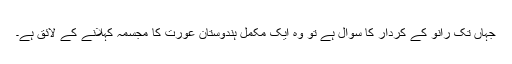
جہاں تک رانو کے کردار کا سوال ہے تو وہ ایک مکمل ہندوستان عورت کا مجسمہ کہلانے کے لائق ہے۔